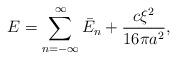
LaTeX: \begin{align*}E=\sum\limits_{n=-\infty}^{\infty}\bar{E}_n+\frac{c \xi^2}{16 \pi a^2}{,}\end{align*}